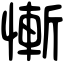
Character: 慚